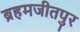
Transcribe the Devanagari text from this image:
ब्रहमजीतपुर